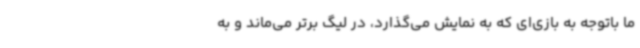
ما باتوجه به بازی‌ای که به نمایش می‌گذارد، در لیگ برتر می‌ماند و به